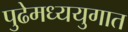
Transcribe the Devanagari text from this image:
पुढेमध्ययुगात